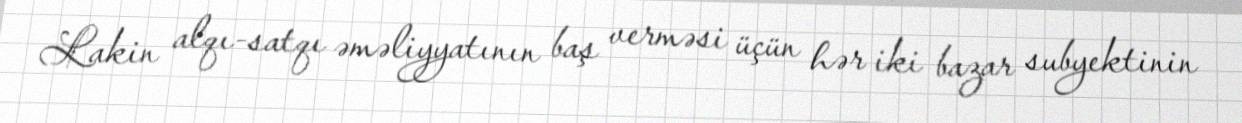
Lakin alqı-satqı əməliyyatının baş verməsi üçün hər iki bazar subyektinin